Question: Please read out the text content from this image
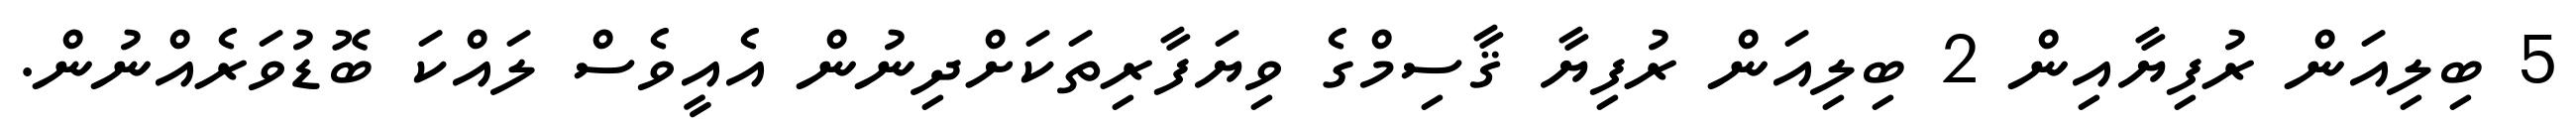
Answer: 5 ބިލިއަން ރުފިޔާއިން 2 ބިލިއަން ރުފިޔާ ޤާސިމްގެ ވިޔަފާރިތަކަށްދިނުން އެއީވެސް ލައްކަ ބޮޑުވަރެއްނުން.